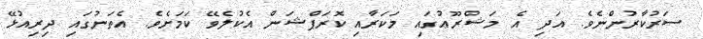
ސަރުކާރުންނެވެ. އަދި އެ މަޝްރޫޢުގައި މަކަރާއި ކޮރަޕްޝަން އެކުލެވޭ ކަމަށެވެ. އެތަނުގައި ދިރިއުޅޭ